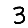
Digit: 3